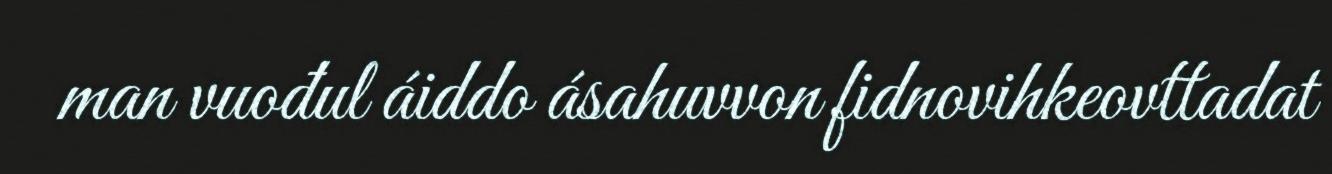
man vuođul áiddo ásahuvvon fidnovihkeovttadat